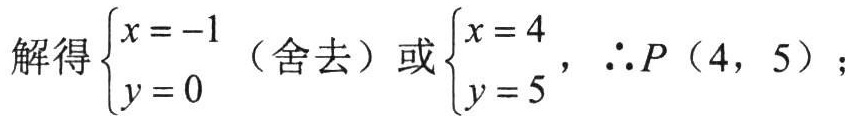
解得\(\begin{cases}x = - 1\\y = 0\end{cases}\)（舍去）或\(\begin{cases}x = 4\\y = 5\end{cases}\)，\(\therefore P\left(4,5\right)\)；